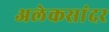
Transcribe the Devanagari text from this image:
अलेकसांदर